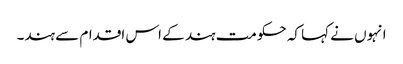
انہوں نے کہا کہ حکومت ہند کے اس اقدام سے ہند۔